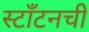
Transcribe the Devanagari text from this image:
स्टाँटनची